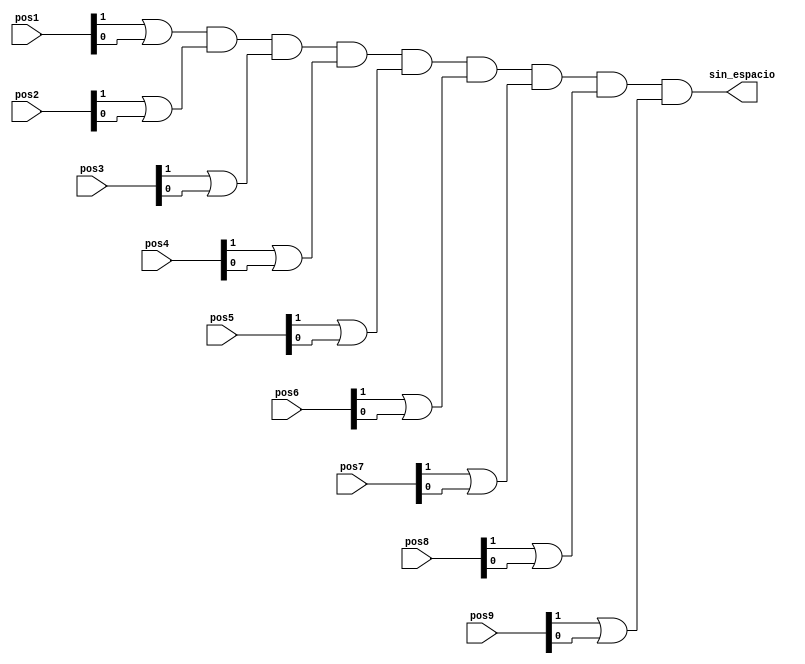
module Detector_de_espacio (
    input [1:0] pos1,
    input [1:0] pos2,
    input [1:0] pos3,
    input [1:0] pos4,
    input [1:0] pos5,
    input [1:0] pos6,
    input [1:0] pos7,
    input [1:0] pos8,
    input [1:0] pos9,
    output wire sin_espacio
);

wire pos1_space;
wire pos2_space;
wire pos3_space;
wire pos4_space;
wire pos5_space; 
wire pos6_space;
wire pos7_space;
wire pos8_space;
wire pos9_space;

/*Si alguna de las posiciones est vaca el resultado de sin_espacio ser 0 
    pero si todas las posiciones estn tomadas los pos_space sern 1 por lo tanto
    sin_espacio ser 1.
*/

assign pos1_space = pos1[1] | pos1[0];
assign pos2_space = pos2[1] | pos2[0];
assign pos3_space = pos3[1] | pos3[0];
assign pos4_space = pos4[1] | pos4[0];
assign pos5_space = pos5[1] | pos5[0];
assign pos6_space = pos6[1] | pos6[0];
assign pos7_space = pos7[1] | pos7[0];
assign pos8_space = pos8[1] | pos8[0];
assign pos9_space = pos9[1] | pos9[0];

assign sin_espacio = ((((((((pos1_space & pos2_space) & pos3_space) & pos4_space) 
                            & pos5_space) & pos6_space) & pos7_space) & pos8_space) & pos9_space);
endmodule